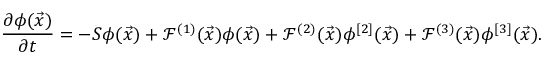
\ensuremath { \frac { \partial \phi ( \vec { x } ) } { \partial t } } = - S \phi ( \vec { x } ) + \mathcal F ^ { ( 1 ) } ( \vec { x } ) \phi ( \vec { x } ) + \mathcal F ^ { ( 2 ) } ( \vec { x } ) \phi ^ { [ 2 ] } ( \vec { x } ) + \mathcal F ^ { ( 3 ) } ( \vec { x } ) \phi ^ { [ 3 ] } ( \vec { x } ) .